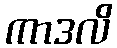
ကာဒလိ